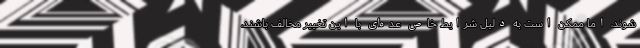
شوند، اما ممکن است به دلیل شرایط خاص عده‌ای با این تغییر مخالف باشند،